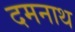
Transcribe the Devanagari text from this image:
दमनाथ